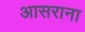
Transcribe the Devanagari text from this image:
आसराना